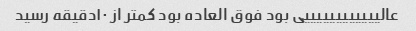
عالییییییییییییی بود فوق العاده بود کمتر از ۱۰دقیقه رسید